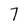
Character: 7